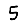
Digit: 5